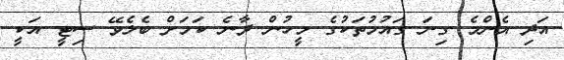
އަދި އެންމެ ގިނަ ގައުމުތަކުގެ މީހުން ދާނެ ކަމަށް ބެލެވޭ ސިޓީ އަކީ